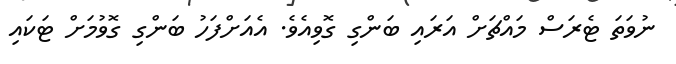
ނުވަތަ ޓެރަސް މައްޗަށް އަރައި ބަންގި ގޮވިއެވެ. އެއަށްފަހު ބަންގި ގޮވުމަށް ޓަކައި